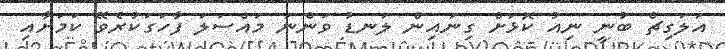
އަލަގިޗް ބުނީ ނިއު ކޮޅަށް ގިނައިން ލަނޑު ވަންނަ މައްސަލަ ފާހަގަކުރެވޭ ކަމަށާއި